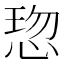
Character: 𢜍